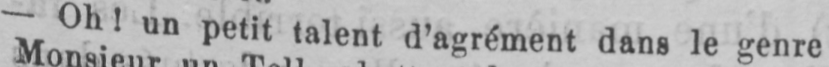
- Oh! un petit talent d’agrément dans le genre